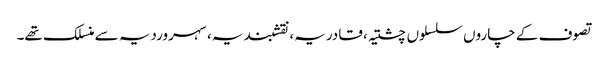
تصوف کے چاروں سلسلوں چشتیہ، قادریہ، نقشبندیہ، سہروردیہ سے منسلک تھے۔